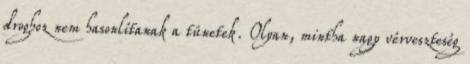
droghoz nem hasonlítanak a tünetek. Olyan, mintha nagy vérveszteség